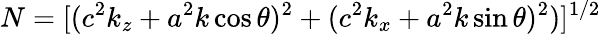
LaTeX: N=[(c^{2}k_{z}+a^{2}k\cos\theta)^{2}+(c^{2}k_{x}+a^{2}k\sin\theta)^{2})]^{1/2}